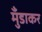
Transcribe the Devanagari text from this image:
मुँडाकर